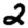
Digit: 2